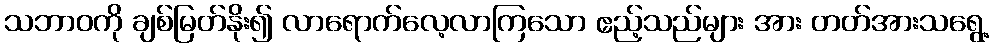
သဘာဝကို ချစ်မြတ်နိုး၍ လာရောက်လေ့လာကြသော ဧည့်သည်များ အား တတ်အားသရွေ့